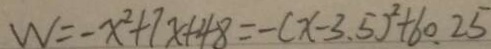
W = - x ^ { 2 } + 7 x + 4 8 = - ( x - 3 . 5 ) ^ { 2 } + 6 0 . 2 5